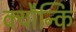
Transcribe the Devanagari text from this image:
क्यौन्कि